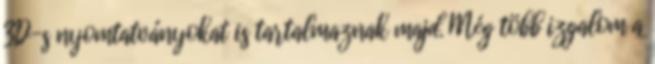
3D-s nyomtatványokat is tartalmaznak majd. Még több izgalom a